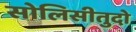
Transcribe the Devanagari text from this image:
सोलिसीतुदो